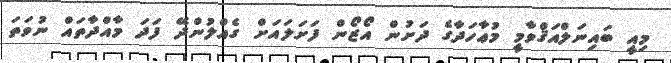
މިއީ ބައިނަލްއަޤްވާމީ މުޢާހަދާގެ ދަށުން އޯޒޯން ފަށަލައަށް ގެއްލުންދޭ ފަދަ މާއްދާތައް ނުވަތަ